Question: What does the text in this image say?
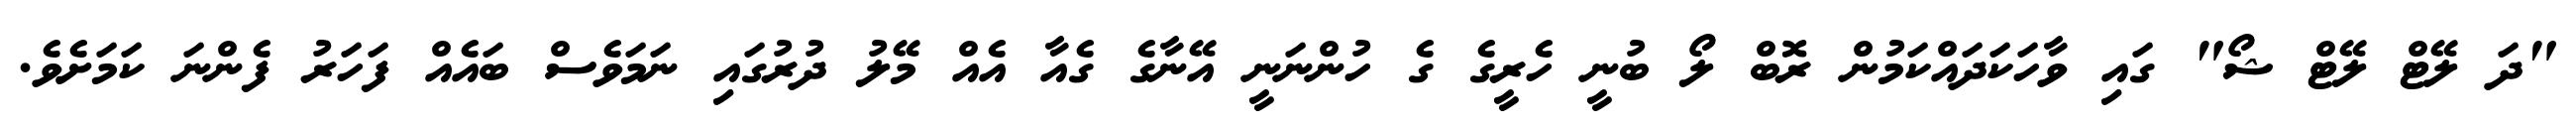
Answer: "ދަ ލޭޓް ލޭޓް ޝޯ" ގައި ވާހަކަދައްކަމުން ރޮބް ލޯ ބުނީ ހެރީގެ ގެ ހުންނަނީ އޭނާގެ ގެއާ އެއް މޭލު ދުރުގައި ނަމަވެސް ބައެއް ފަހަރު ފެންނަ ކަމަށެވެ.